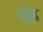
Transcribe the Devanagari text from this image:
दह्ल